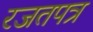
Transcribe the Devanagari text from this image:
रजतपत्र